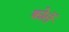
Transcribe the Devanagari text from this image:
कोर्ले